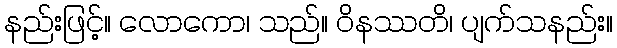
နည်းဖြင့်။ လောကော၊ သည်။ ဝိနဿတိ၊ ပျက်သနည်း။